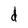
Character: d